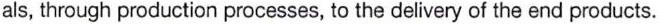
als, through production processes, to the delivery of the end products.